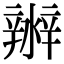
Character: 𤀲